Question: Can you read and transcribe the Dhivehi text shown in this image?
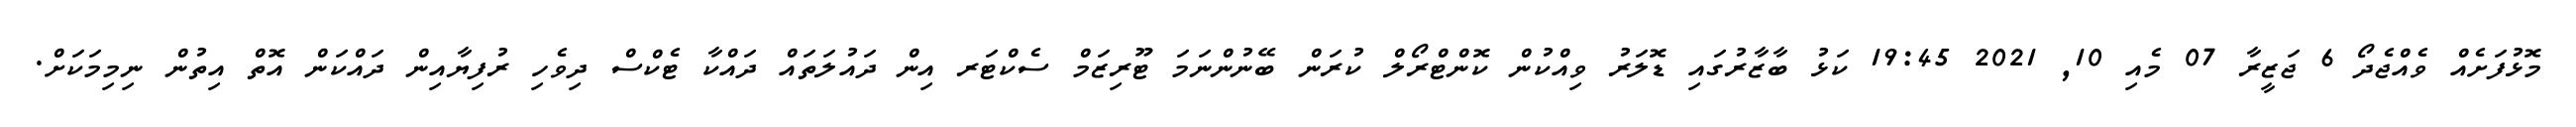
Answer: މޮޅުފަށެއް ވެއްޖެދޯ 6 ޖަޒީރާ 07 މެއި 10, 2021 19:45 ކަޅު ބާޒާރުގައި ޑޮލަރު ވިއްކުން ކޮންޓްރޯލް ކުރަން ބޭނުންނަމަ ޓޫރިޒަމް ސެކްޓަރ އިން ދައުލަތައް ދައްކާ ޓެކްސް ދިވެހި ރުފިޔާއިން ދައްކަން އޮތް އިތުން ނިމިމަކަށް.